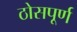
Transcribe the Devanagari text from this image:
ठोसपूर्ण